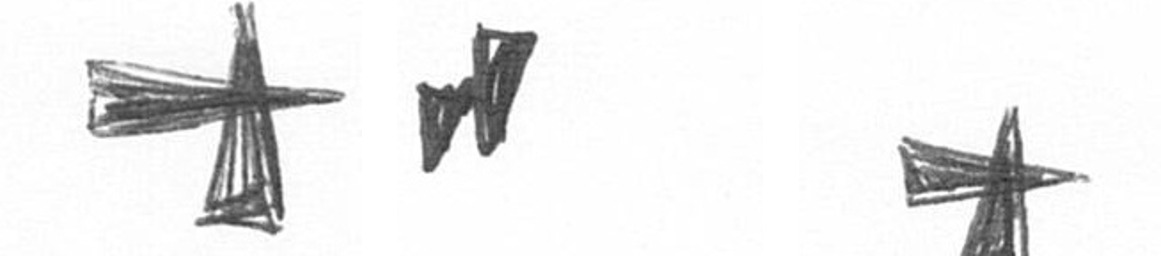
G M G